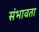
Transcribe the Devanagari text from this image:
संभावता